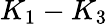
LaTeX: K_{1}-K_{3}